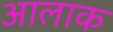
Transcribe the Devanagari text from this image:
आलाक